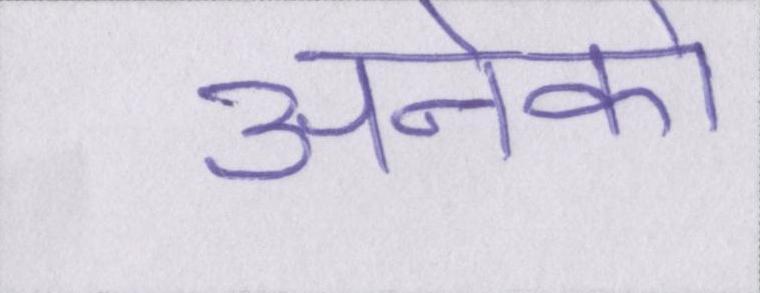
अनेको